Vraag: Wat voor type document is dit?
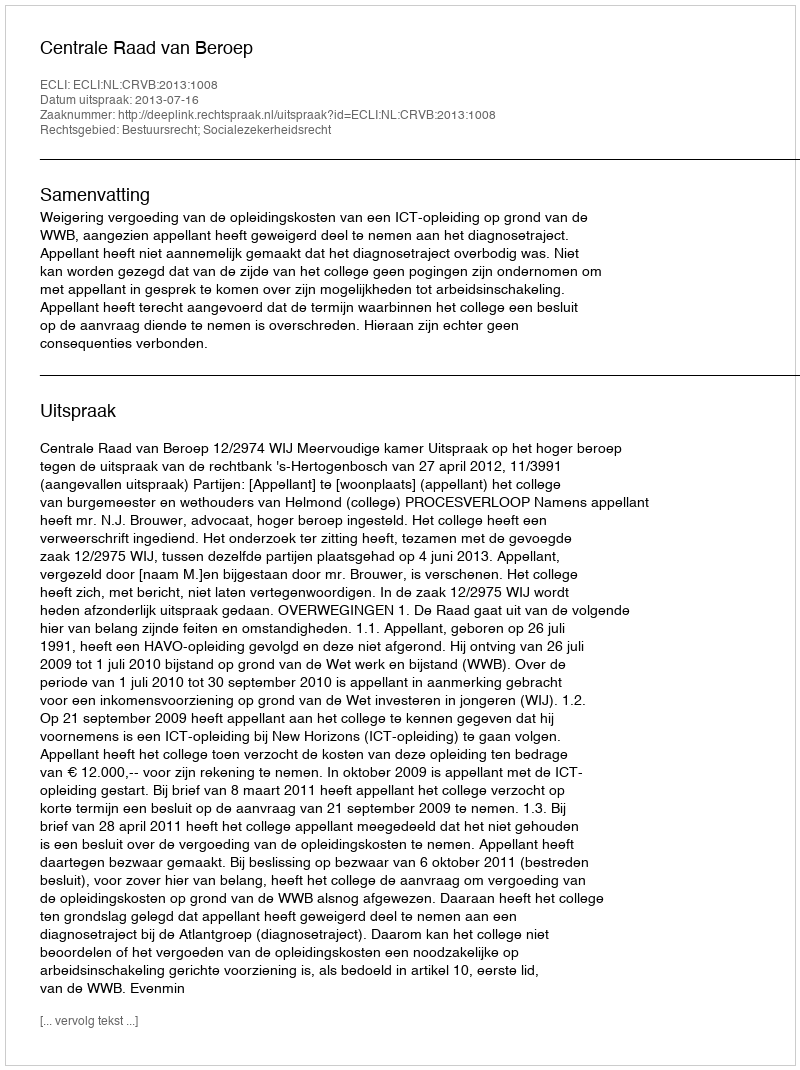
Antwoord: Uitspraak